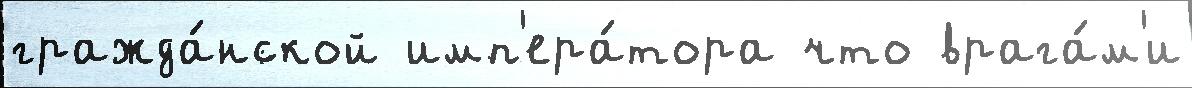
гражда́нской имп'ера́тора что врага́м'и